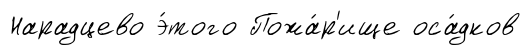
Нарадцево э́того Пожа́р'ище оса́дков